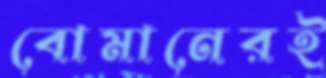
বোমানেরই